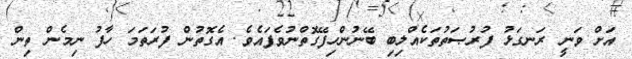
އަށް ވަނީ ރަނގަޅު ފުރުޞަތުތަކެއްލިބި ބޭނުންހިފޭގޮތްނުވެފައެވެ. އެގޮތުން ފުރަތަމަ ހާފު ނިމެން ތިން